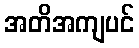
အတိအကျပင်